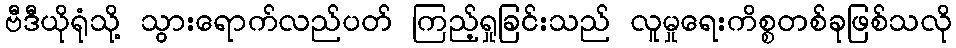
ဗီဒီယိုရုံသို့ သွားရောက်လည်ပတ် ကြည့်ရှုခြင်းသည် လူမှုရေးကိစ္စတစ်ခုဖြစ်သလို